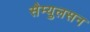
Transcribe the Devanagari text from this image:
सैम्युलसन